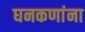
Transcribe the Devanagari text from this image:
घनकणांना